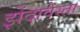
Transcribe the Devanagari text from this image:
झेंदावेस्ता